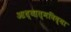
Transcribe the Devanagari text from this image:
आध्यात्मविद्या